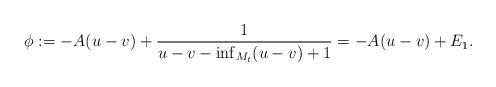
\begin{align*}\phi := - A (u - v) + \frac{1}{u - v - \inf_{M_t} (u - v) + 1} = - A (u - v) + E_1 .\end{align*}